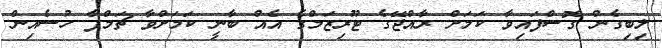
ލިބިގެން ގޮސްފައިވާ ކަމަށް ރާއްޖޭގެ ޓޫރިޒަމްގެ އެއް ބާނީ ކަމަށްވާ ޗަމްޕާ ހުސެއިން